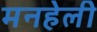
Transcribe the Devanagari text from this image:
मनहेली